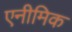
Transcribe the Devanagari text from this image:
एनीमिक